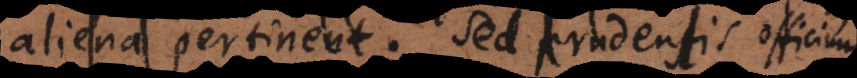
aliena pertinent. Sed prudentis officium